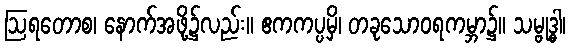
ဩရတောစ၊ နောက်အဖို့၌လည်း။ ဧကကပ္ပမှိ၊ တခုသောဝရကမ္ဘာ၌။ သမ္ဗုဒ္ဓါ၊